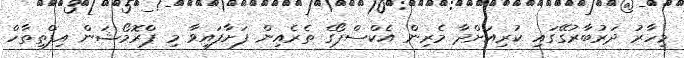
މިހާރު ދަރުބާރުގޭގައި ކުރިއަށްދާ މެރިން އެކްސްޕޯގެ ތެރެއިން ފަށާފައިވާ މި ޕްރޮމޯޝަން އިފްތިތާހް